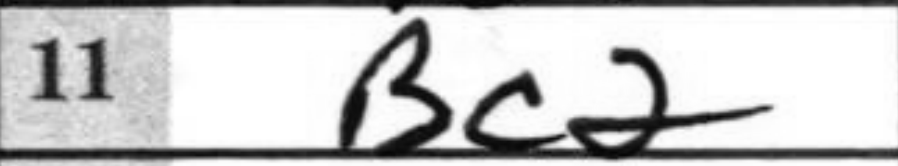
Transcription: Bc2